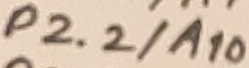
Text: P2.2/A10